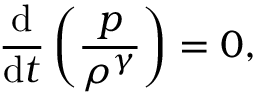
{ \frac { \mathrm { d } } { \mathrm { d } t } } \left( { \frac { p } { \rho ^ { \gamma } } } \right) = 0 ,